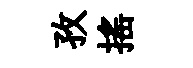
孜搖